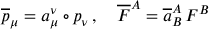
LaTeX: \overline { { { p } } } _ { \mu } = a _ { \mu } ^ { \nu } \circ p _ { \nu } \, , \quad \overline { { { F } } } ^ { A } = \overline { { { a } } } _ { B } ^ { A } \, F ^ { B }